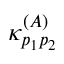
\kappa _ { p _ { 1 } p _ { 2 } } ^ { ( A ) }